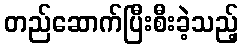
တည်ဆောက်ပြီးစီးခဲ့သည့်